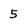
Character: 5